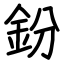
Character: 鈖